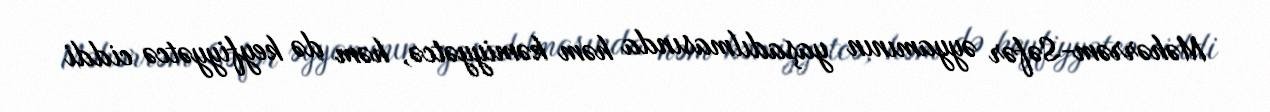
Məhərrəm-Səfər əyyamının yaşadılmasında həm kəmiyyətcə, həm də keyfiyyətcə ciddi